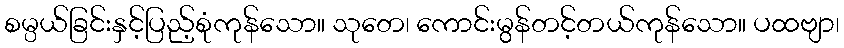
စမ္ပယ်ခြင်းနှင့်ပြည့်စုံကုန်သော။ သုတေ၊ ကောင်းမွန်တင့်တယ်ကုန်သော။ ပထဗျာ၊